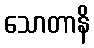
သောတာနိ